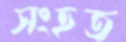
সংহত